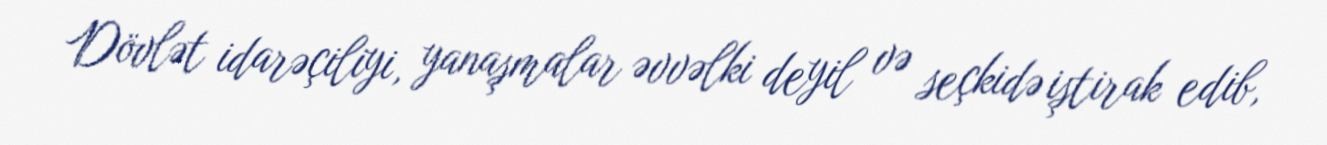
Dövlət idarəçiliyi, yanaşmalar əvvəlki deyil və seçkidə iştirak edib,